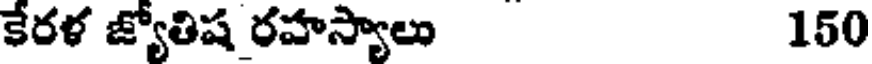
కేరళ జ్యోతిష రహస్యాలు 150